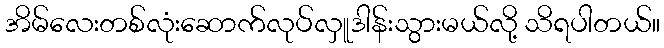
အိမ်လေးတစ်လုံးဆောက်လုပ်လှူဒါန်းသွားမယ်လို့ သိရပါတယ်။